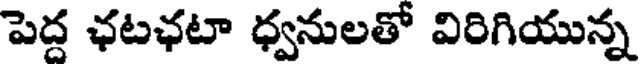
పెద్ద ఛటఛటా ధ్వనులతో విరిగియున్న